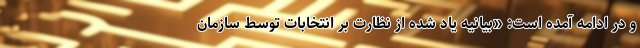
و در ادامه آمده است: «بیانیه یاد شده از نظارت بر انتخابات توسط سازمان